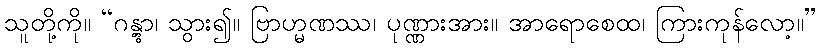
သူတို့ကို။ “ဂန္တွာ၊ သွား၍။ ဗြာဟ္မဏဿ၊ ပုဏ္ဏားအား။ အာရောစေထ၊ ကြားကုန်လော့။”